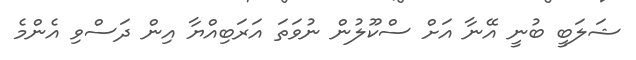
ޝަލަބީ ބުނީ އޭނާ އަށް ސްކޫލުން ނުވަތަ އަރަބިއްޔާ އިން ދަސްވި އެންމެ